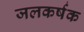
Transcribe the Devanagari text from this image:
जलकर्षक